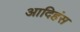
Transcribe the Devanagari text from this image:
आदिहंस